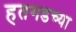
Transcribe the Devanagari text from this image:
हतगडच्या